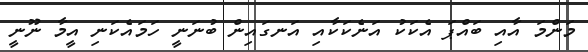
މަންމަ އާއި ބައްޕަ އެކަކު އަނެކަކާއި އަނގައިން ބުނަނީ ހަމައެކަނި އީމާ ނޫނީ